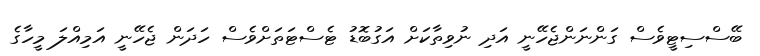
ބޭސްސިޓީވެސް ގަންނަންޖެހޭނީ އަދި ނުވިތާކަށް އަގުބޮޑު ޓެސްޓަތަށްވެސް ހަދަން ޖެހޭނީ އަމިއްލަ މީހާގެ